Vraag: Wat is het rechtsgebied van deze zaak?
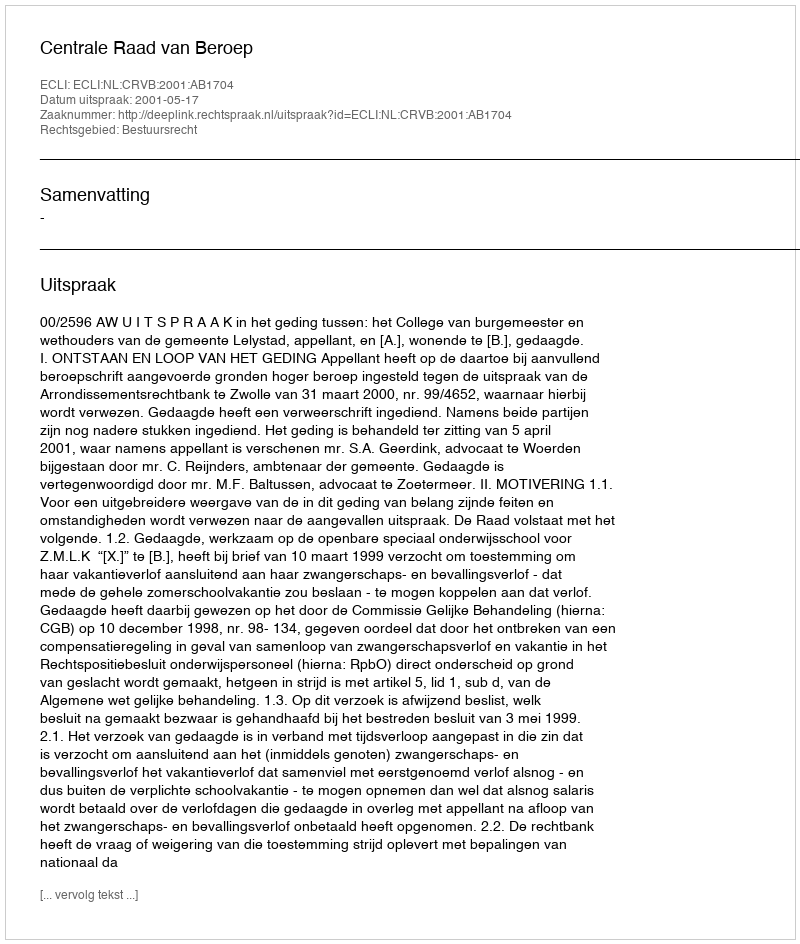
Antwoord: Bestuursrecht